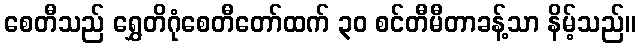
စေတီသည် ရွှေတိဂုံစေတီတော်ထက် ၃၀ စင်တီမီတာခန့်သာ နိမ့်သည်။